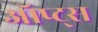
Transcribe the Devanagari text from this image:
ऑप्ट्स